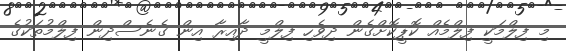
މި ފިލްމަކީ ފިލްމެއް ކޮޕީކޮށްގެން ދިވެހި ފިލްމީ ދާއިރާ އިން ގެނެސްދިން ފިލްމުތަކުގެ